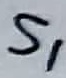
Text: S1